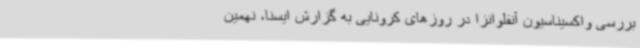
بررسی واکسیناسیون آنفلوانزا در روزهای کرونایی به گزارش ایسنا، نهمین